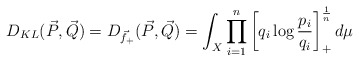
\begin{align*} D_{KL}(\vec P, \vec Q)= D_{\vec f_{+}}(\vec P, \vec Q)= \int_{X} \prod_{i=1}^{n} \left[ q_i \log \frac{p_i}{q_i} \right]_+^{\frac{1}{n}} d\mu\end{align*}